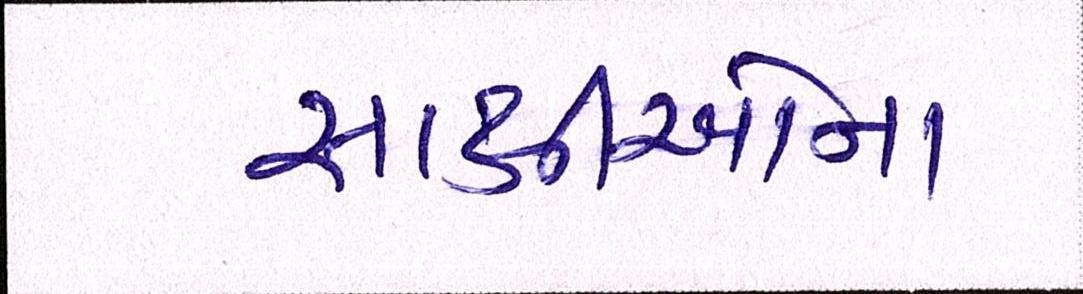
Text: સાક્ષીઓના